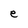
Character: e